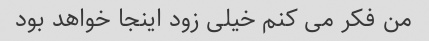
من فکر می کنم خیلی زود اینجا خواهد بود